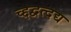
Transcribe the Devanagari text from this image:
च्द्दद्वत्दद्य